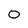
Character: 0